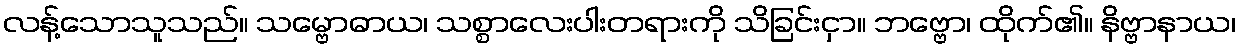
လန့်သောသူသည်။ သမ္ဗောဓာယ၊ သစ္စာလေးပါးတရားကို သိခြင်းငှာ။ ဘဗ္ဗော၊ ထိုက်၏။ နိဗ္ဗာနာယ၊